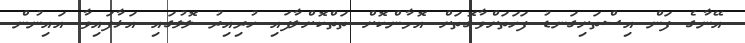
އޭނާގެ ފަން އިސްތަށިގަނޑު ފަހަތަށްވާގޮތަށް އޮމާންކޮށް ތަތްކޮށްލާފައި ހުރިއިރު ލޮލުގައި އަޅާފައިވާ އައިނުން